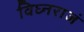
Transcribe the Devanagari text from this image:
विघ्नराजं